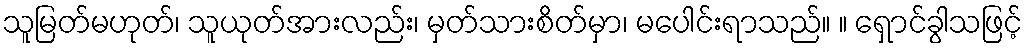
သူမြတ်မဟုတ်၊ သူယုတ်အားလည်း၊ မှတ်သားစိတ်မှာ၊ မပေါင်းရာသည်။ ။ ရှောင်ခွါသဖြင့်